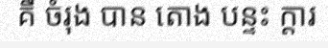
គឺ ចំរុង បាន តោង បន្ទះ ក្តារ